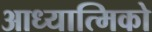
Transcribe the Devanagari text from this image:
आध्यात्मिको